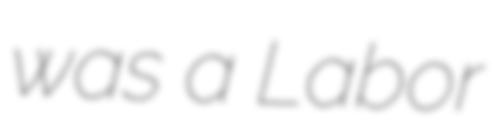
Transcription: was a Labor